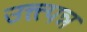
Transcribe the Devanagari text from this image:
उत्त्त्पन्न